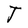
Character: J